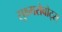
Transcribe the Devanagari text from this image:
सुक्ष्मरोबोट्स्